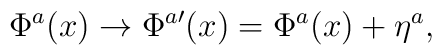
\Phi^a(x) \to \Phi^{a \prime} (x) = \Phi^a(x) + \eta^a,